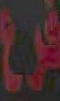
فرع